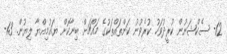
12- ސެކްޝަނުން ކުރީދުވަހު ކުރެވުނު ކަންތައްތަކުގެ މައްޗަށް ބިނާކޮށް ޔައުމިއްޔާ ލިޔުން. 13-